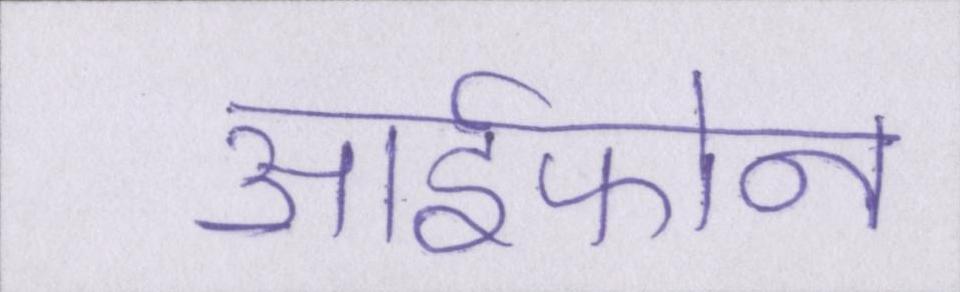
आईफोन